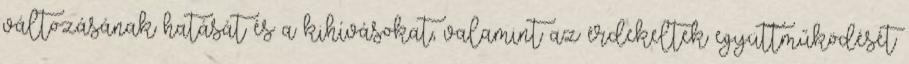
változásának hatását és a kihívásokat, valamint az érdekeltek együttműködését